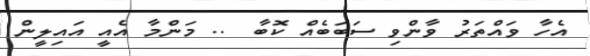
އެހާ ވައްތަރު ވާންވި ސަބަބެއް ކޮބާ  .. މަންމާ އެއީ އައިލީން